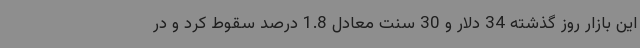
این بازار روز گذشته 34 دلار و 30 سنت معادل 1.8 درصد سقوط کرد و در